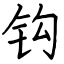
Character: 钩